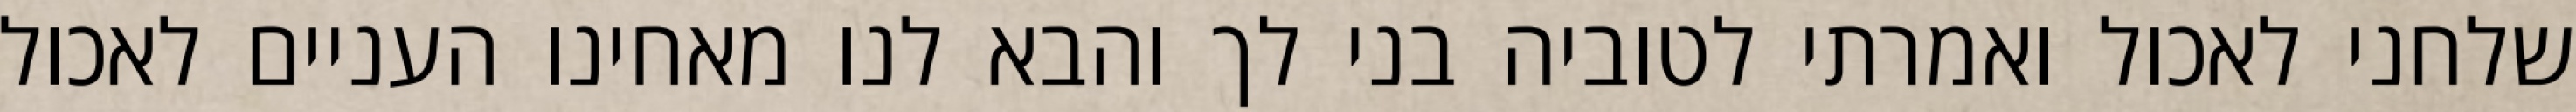
שלחני לאכול ואמרתי לטוביה בני לך והבא לנו מאחינו העניים לאכול